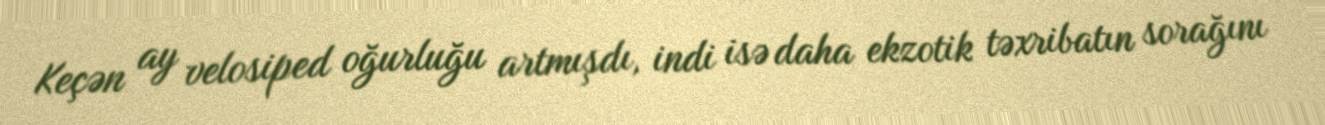
Keçən ay velosiped oğurluğu artmışdı, indi isə daha ekzotik təxribatın sorağını